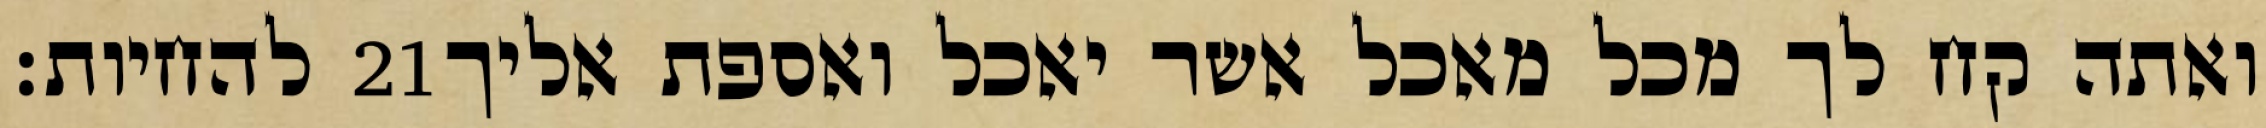
להחיות׃ ‎21‏ ואתה קח לך מכל מאכל אשר יאכל ואספת אליך